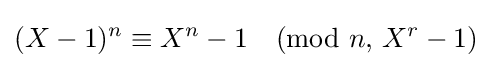
(X-1)^{n}\equiv X^{n}-1{\pmod {n,\,X^{r}-1}}